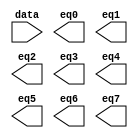
// megafunction wizard: %LPM_DECODE%VBB%
// GENERATION: STANDARD
// VERSION: WM1.0
// MODULE: LPM_DECODE 

// ============================================================
// Megafunction Name(s):
// 			LPM_DECODE
//
// Simulation Library Files(s):
// 			lpm
// ============================================================
// ************************************************************
// THIS IS A WIZARD-GENERATED FILE. DO NOT EDIT THIS FILE!
//
// 13.1.0 Build 162 10/23/2013 SJ Web Edition
// ************************************************************

//Copyright (C) 1991-2013 Altera Corporation
//Your use of Altera Corporation's design tools, logic functions 
//and other software and tools, and its AMPP partner logic 
//functions, and any output files from any of the foregoing 
//(including device programming or simulation files), and any 
//associated documentation or information are expressly subject 
//to the terms and conditions of the Altera Program License 
//Subscription Agreement, Altera MegaCore Function License 
//Agreement, or other applicable license agreement, including, 
//without limitation, that your use is for the sole purpose of 
//programming logic devices manufactured by Altera and sold by 
//Altera or its authorized distributors.  Please refer to the 
//applicable agreement for further details.

module lpm_decode_04 (
	data,
	eq0,
	eq1,
	eq2,
	eq3,
	eq4,
	eq5,
	eq6,
	eq7);

	input	[2:0]  data;
	output	  eq0;
	output	  eq1;
	output	  eq2;
	output	  eq3;
	output	  eq4;
	output	  eq5;
	output	  eq6;
	output	  eq7;

endmodule

// ============================================================
// CNX file retrieval info
// ============================================================
// Retrieval info: PRIVATE: BaseDec NUMERIC "1"
// Retrieval info: PRIVATE: EnableInput NUMERIC "0"
// Retrieval info: PRIVATE: INTENDED_DEVICE_FAMILY STRING "Cyclone III"
// Retrieval info: PRIVATE: LPM_PIPELINE NUMERIC "1"
// Retrieval info: PRIVATE: Latency NUMERIC "0"
// Retrieval info: PRIVATE: SYNTH_WRAPPER_GEN_POSTFIX STRING "0"
// Retrieval info: PRIVATE: aclr NUMERIC "0"
// Retrieval info: PRIVATE: clken NUMERIC "0"
// Retrieval info: PRIVATE: eq0 NUMERIC "1"
// Retrieval info: PRIVATE: eq1 NUMERIC "1"
// Retrieval info: PRIVATE: eq2 NUMERIC "1"
// Retrieval info: PRIVATE: eq3 NUMERIC "1"
// Retrieval info: PRIVATE: eq4 NUMERIC "1"
// Retrieval info: PRIVATE: eq5 NUMERIC "1"
// Retrieval info: PRIVATE: eq6 NUMERIC "1"
// Retrieval info: PRIVATE: eq7 NUMERIC "1"
// Retrieval info: PRIVATE: nBit NUMERIC "3"
// Retrieval info: PRIVATE: new_diagram STRING "1"
// Retrieval info: LIBRARY: lpm lpm.lpm_components.all
// Retrieval info: CONSTANT: LPM_DECODES NUMERIC "8"
// Retrieval info: CONSTANT: LPM_TYPE STRING "LPM_DECODE"
// Retrieval info: CONSTANT: LPM_WIDTH NUMERIC "3"
// Retrieval info: USED_PORT: @eq 0 0 8 0 OUTPUT NODEFVAL "@eq[7..0]"
// Retrieval info: USED_PORT: data 0 0 3 0 INPUT NODEFVAL "data[2..0]"
// Retrieval info: USED_PORT: eq0 0 0 0 0 OUTPUT NODEFVAL "eq0"
// Retrieval info: USED_PORT: eq1 0 0 0 0 OUTPUT NODEFVAL "eq1"
// Retrieval info: USED_PORT: eq2 0 0 0 0 OUTPUT NODEFVAL "eq2"
// Retrieval info: USED_PORT: eq3 0 0 0 0 OUTPUT NODEFVAL "eq3"
// Retrieval info: USED_PORT: eq4 0 0 0 0 OUTPUT NODEFVAL "eq4"
// Retrieval info: USED_PORT: eq5 0 0 0 0 OUTPUT NODEFVAL "eq5"
// Retrieval info: USED_PORT: eq6 0 0 0 0 OUTPUT NODEFVAL "eq6"
// Retrieval info: USED_PORT: eq7 0 0 0 0 OUTPUT NODEFVAL "eq7"
// Retrieval info: CONNECT: @data 0 0 3 0 data 0 0 3 0
// Retrieval info: CONNECT: eq0 0 0 0 0 @eq 0 0 1 0
// Retrieval info: CONNECT: eq1 0 0 0 0 @eq 0 0 1 1
// Retrieval info: CONNECT: eq2 0 0 0 0 @eq 0 0 1 2
// Retrieval info: CONNECT: eq3 0 0 0 0 @eq 0 0 1 3
// Retrieval info: CONNECT: eq4 0 0 0 0 @eq 0 0 1 4
// Retrieval info: CONNECT: eq5 0 0 0 0 @eq 0 0 1 5
// Retrieval info: CONNECT: eq6 0 0 0 0 @eq 0 0 1 6
// Retrieval info: CONNECT: eq7 0 0 0 0 @eq 0 0 1 7
// Retrieval info: GEN_FILE: TYPE_NORMAL lpm_decode_04.v TRUE
// Retrieval info: GEN_FILE: TYPE_NORMAL lpm_decode_04.inc FALSE
// Retrieval info: GEN_FILE: TYPE_NORMAL lpm_decode_04.cmp FALSE
// Retrieval info: GEN_FILE: TYPE_NORMAL lpm_decode_04.bsf TRUE
// Retrieval info: GEN_FILE: TYPE_NORMAL lpm_decode_04_inst.v FALSE
// Retrieval info: GEN_FILE: TYPE_NORMAL lpm_decode_04_bb.v TRUE
// Retrieval info: LIB_FILE: lpm